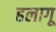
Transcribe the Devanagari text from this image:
हलागू